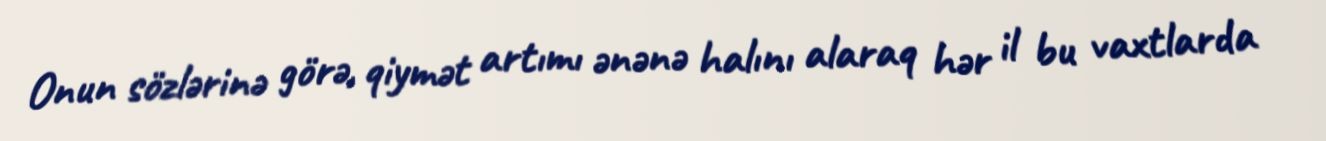
Onun sözlərinə görə, qiymət artımı ənənə halını alaraq hər il bu vaxtlarda